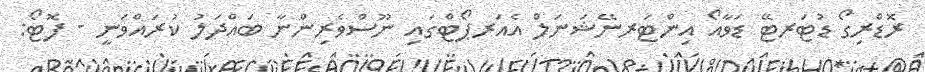
ރޮޑްރިގޯ ޑުޓަރޓޭ ޑަވާއޯ އިންޓަރނޭޝަނަލް އެއަރޕޯޓްގައި ނޫސްވެރިންނާ ބައްދަލު ކުރައްވަނީ - ފޮޓޯ: